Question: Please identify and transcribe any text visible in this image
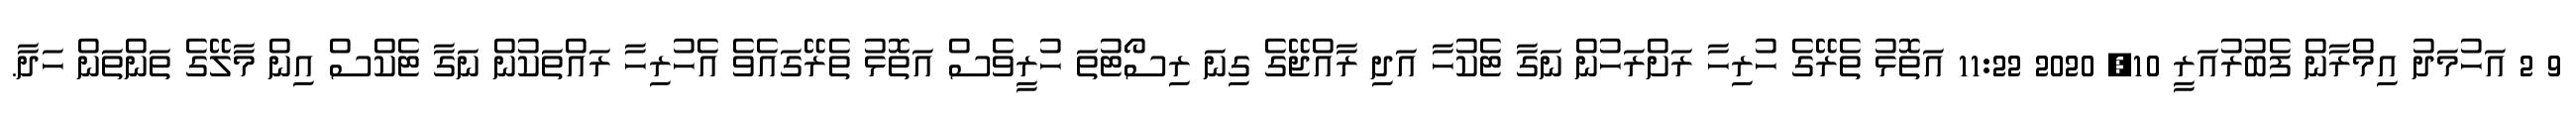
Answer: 9 2 އަހުމަދު އިމްރާން ފެބުރުއަރީ 10, 2020 11:22 އަތޮޅު ތެރޭގެ ހުރިހާ ރަށްރަހުން ނަގާ ޓެކުހާ އަދި ރާއްޖޭގެ ގިނަ ރިސޯޓުތަ ހުރީވެސް އަތޮޅު ތެރޭގައެވެ އެހުރިހާ ރައްތަކުން ނަގާ ޓެކްސް އިން މާލޭގެ ތަންތަން ހަދާ.